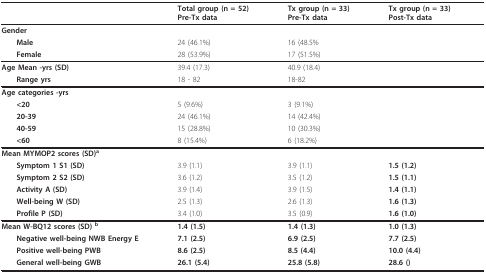
<table><thead><tr><td></td><td><b>Total group (n = 52)Pre-Tx data</b></td><td><b>Tx group (n = 33)Pre-Tx data</b></td><td><b>Tx group (n = 33)Post-Tx data</b></td></tr></thead><tbody><tr><td><b>Gender</b></td><td></td><td></td><td></td></tr><tr><td> <b>Male</b></td><td>24 (46.1%)</td><td>16 (48.5%</td><td></td></tr><tr><td> <b>Female</b></td><td>28 (53.9%)</td><td>17 (51.5%)</td><td></td></tr><tr><td><b>Age Mean -yrs (SD)</b></td><td>39.4 (17.3)</td><td>40.9 (18.4)</td><td></td></tr><tr><td> <b>Range yrs</b></td><td>18 - 82</td><td>18-82</td><td></td></tr><tr><td><b>Age categories -yrs</b></td><td></td><td></td><td></td></tr><tr><td> <b>&lt;20</b></td><td>5 (9.6%)</td><td>3 (9.1%)</td><td></td></tr><tr><td> <b>20-39</b></td><td>24 (46.1%)</td><td>14 (42.4%)</td><td></td></tr><tr><td> <b>40-59</b></td><td>15 (28.8%)</td><td>10 (30.3%)</td><td></td></tr><tr><td> <b>&lt;60</b></td><td>8 (15.4%)</td><td>6 (18.2%)</td><td></td></tr><tr><td><b>Mean MYMOP2 scores (SD)<sup>a</sup></b></td><td></td><td></td><td></td></tr><tr><td> <b>Symptom 1 S1 (SD)</b></td><td>3.9 (1.1)</td><td>3.9 (1.1)</td><td><b>1.5 (1.2)</b></td></tr><tr><td> <b>Symptom 2 S2 (SD)</b></td><td>3.6 (1.2)</td><td>3.5 (1.2)</td><td><b>1.5 (1.1)</b></td></tr><tr><td> <b>Activity A (SD)</b></td><td>3.9 (1.4)</td><td>3.9 (1.5)</td><td><b>1.4 (1.1)</b></td></tr><tr><td> <b>Well-being W (SD)</b></td><td>2.5 (1.3)</td><td>2.6 (1.3)</td><td><b>1.6 (1.3)</b></td></tr><tr><td> <b>Profile P (SD)</b></td><td>3.4 (1.0)</td><td>3.5 (0.9)</td><td><b>1.6 (1.0)</b></td></tr><tr><td><b>Mean W-BQ12 scores (SD) <sup>b</sup></b></td><td><b>1.4 (1.5)</b></td><td><b>1.4 (1.3)</b></td><td><b>1.0 (1.3)</b></td></tr><tr><td> <b>Negative well-being NWB Energy E</b></td><td><b>7.1 (2.5)</b></td><td><b>6.9 (2.5)</b></td><td><b>7.7 (2.5)</b></td></tr><tr><td> <b>Positive well-being PWB</b></td><td><b>8.6 (2.5)</b></td><td><b>8.5 (4.4)</b></td><td><b>10.0 (4.4)</b></td></tr><tr><td> <b>General well-being GWB</b></td><td><b>26.1 (5.4)</b></td><td><b>25.8 (5.8)</b></td><td><b>28.6 ()</b></td></tr></tbody></table>